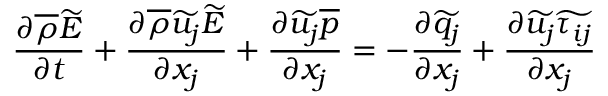
\frac { \partial \overline { { \rho } } \widetilde { E } } { \partial t } + \frac { \partial \overline { { \rho } } \widetilde { u _ { j } } \widetilde { E } } { \partial x _ { j } } + \frac { \partial \widetilde { u _ { j } } \overline { { p } } } { \partial x _ { j } } = - \frac { \partial \widetilde { q _ { j } } } { \partial x _ { j } } + \frac { \partial \widetilde { u _ { j } } \widetilde { \tau _ { i j } } } { \partial x _ { j } }